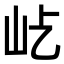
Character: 𡵊